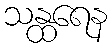
သန္ထရေန